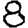
Digit: 8